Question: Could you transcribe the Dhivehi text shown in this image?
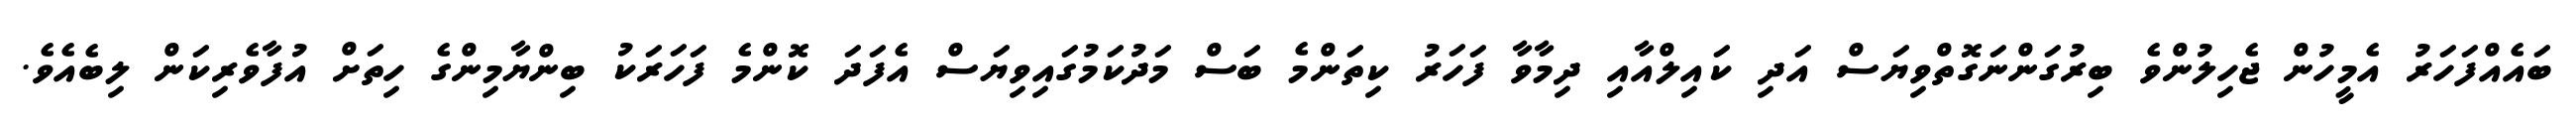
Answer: ބައެއްފަހަރު އެމީހުން ޖެހިލުންވެ ބިރުގަންނަގޮތްވިޔަސް އަދި ކައިލްއާއި ދިމާވާ ފަހަރު ކިތަންމެ ބަސް މަދުކަމުގައިވިޔަސް އެފަދަ ކޮންމެ ފަހަރަކު ބިންޔާމިންގެ ހިތަށް އުފާވެރިކަން ލިބެއެވެ.